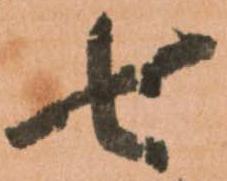
七